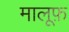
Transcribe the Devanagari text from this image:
मालूफ़